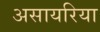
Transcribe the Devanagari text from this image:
असायरिया